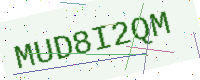
Text: MUD8I2QM